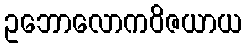
ဥဘောလောကဝိဇယာယ